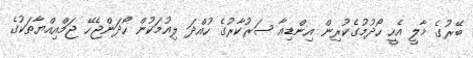
ބޭރުގެ މާލީ އެހީ ހޯދުމުގެކުރިން އިންޑިއާ ސަރުކާރުގެ ހުއްދަ ލިއުމަކުން ހޯދަންޖެހޭ ޖަމްއިއްޔާތަކުގެ